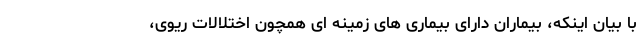
با بیان اینکه، بیماران دارای بیماری های زمینه ای همچون اختلالات ریوی،